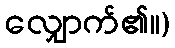
လျှောက်၏။)